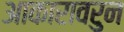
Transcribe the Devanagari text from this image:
आकारावरुन